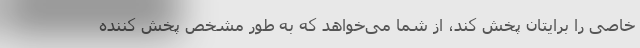
خاصی را برایتان پخش کند، از شما می‌خواهد که به طور مشخص پخش کننده